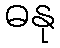
ဓနု